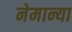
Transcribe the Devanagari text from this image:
नेमान्या